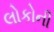
લોકોની